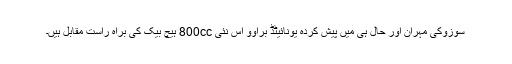
سوزوکی مہران اور حال ہی میں پیش کردہ یونائیٹڈ براوو اس نئی 800cc ہیچ بیک کی براہِ راست مقابل ہیں۔